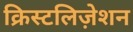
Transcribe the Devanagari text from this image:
क्रिस्टलिज़ेशन